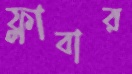
ফ্লাবার